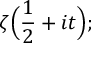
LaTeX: \zeta { \Bigl ( } { \frac { 1 } { 2 } } + i t { \Bigr ) } ;